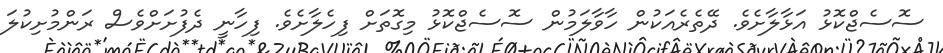
ސޮސެޖްކޮޅު އަޅާލާށެވެ. ދޭތެރެއަކުން ހާވާލަމުން ސޮސެޖްކޮޅު މިގޮތަށް ފިހެލާށެވެ. ފިހާނީ ދެފުށަށްވެސް ރަންމުށިކުލަ